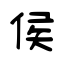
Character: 侯